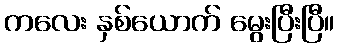
ကလေး နှစ်ယောက် မွေးပြီးပြီ။